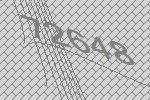
72648